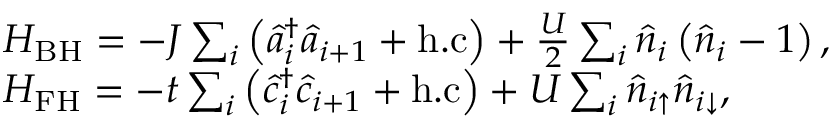
\begin{array} { r l } & { H _ { \mathrm { B H } } = - J \sum _ { i } \left( \hat { a } _ { i } ^ { \dagger } \hat { a } _ { i + 1 } + \mathrm { h . c } \right) + \frac { U } { 2 } \sum _ { i } \hat { n } _ { i } \left( \hat { n } _ { i } - 1 \right) , } \\ & { H _ { \mathrm { F H } } = - t \sum _ { i } \left( \hat { c } _ { i } ^ { \dagger } \hat { c } _ { i + 1 } + \mathrm { h . c } \right) + U \sum _ { i } \hat { n } _ { i \uparrow } \hat { n } _ { i \downarrow } , } \end{array}